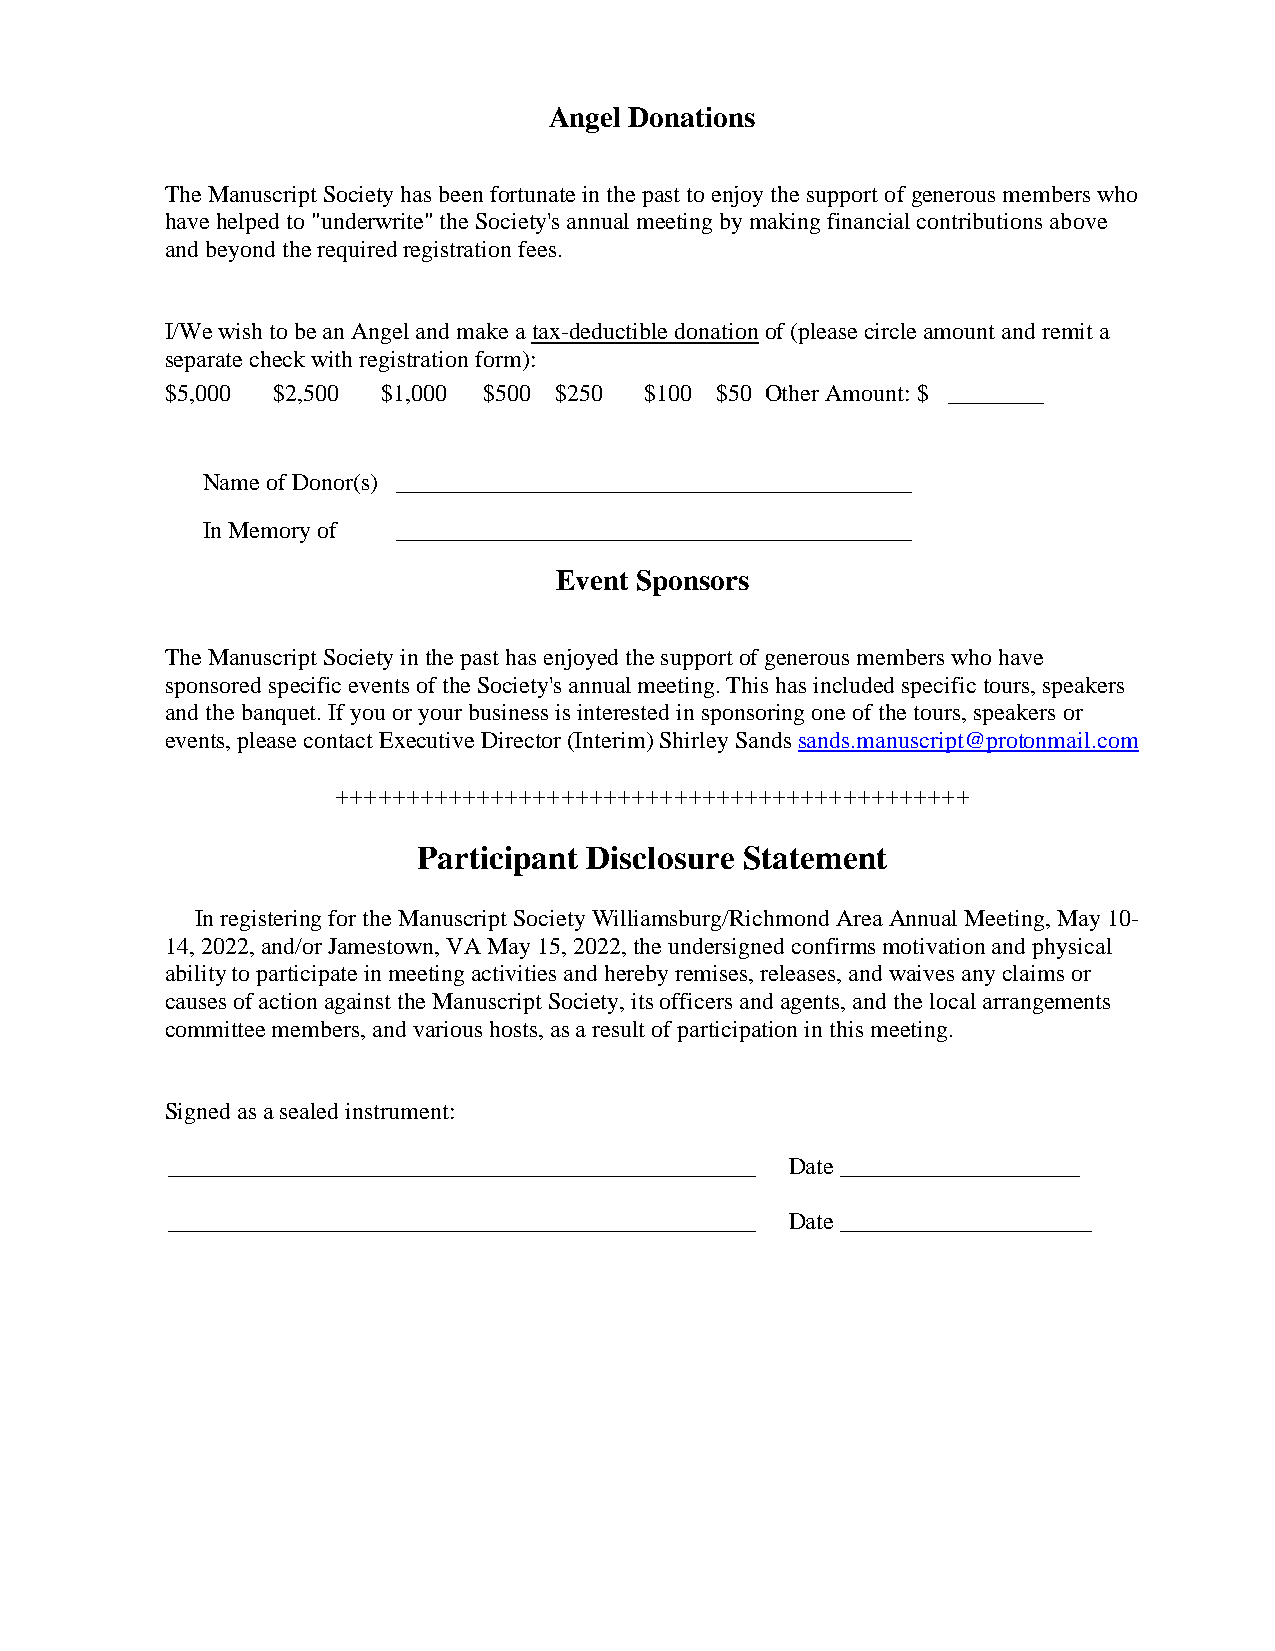
Angel Donations
 The Manuscript Society has been fortunate in the past to enjoy the support of generous members who
 have helped to "underwrite" the Society's annual meeting by making financial contributions above
 and beyond the required registration fees.
 I/We wish to be an Angel and make a tax-deductible donation of (please circle amount and remit a
 separate check with registration form):
 $5,000 $2,500 $1,000 $500 $250  $100 $50 Other Amount: $ ________
 Name of Donor(s) ___________________________________________
 In Memory of ___________________________________________
 Event Sponsors
 The Manuscript Society in the past has enjoyed the support of generous members who have
 sponsored specific events of the Society's annual meeting. This has included specific tours, speakers
 and the banquet. If you or your business is interested in sponsoring one of the tours, speakers or
 events, please contact Executive Director (Interim) Shirley Sands sands.manuscript@protonmail.com
 +++++++++++++++++++++++++++++++++++++++++++++
 Participant Disclosure Statement
 In registering for the Manuscript Society Williamsburg/Richmond Area Annual Meeting, May 10-
 14, 2022, and/or Jamestown, VA May 15, 2022, the undersigned confirms motivation and physical
 ability to participate in meeting activities and hereby remises, releases, and waives any claims or
 causes of action against the Manuscript Society, its officers and agents, and the local arrangements
 committee members, and various hosts, as a result of participation in this meeting.
 Signed as a sealed instrument:
 _________________________________________________ Date ____________________
 _________________________________________________ Date _____________________